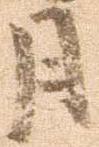
月